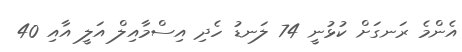
އެންމެ ރަނގަށް ކުޅުނީ 74 ލަނޑު ހެދި އިސްމާއިލް އަލީ އާއި 40